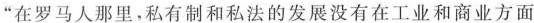
”在罗马人那里，私有制和私法的发展没有在工业和商业方面